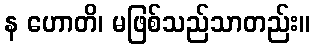
န ဟောတိ၊ မဖြစ်သည်သာတည်း။